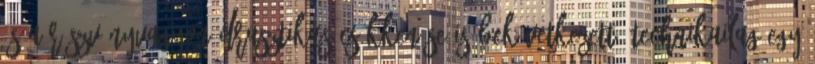
és a részvényvagyon drasztikus csökkenése is bekövetkezett. Technikailag egy